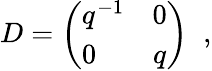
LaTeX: D=\left(\begin{array}{lc}{{q^{-1}}}&{{0}}\\ {{0}}&{{q}}\end{array}\right)\; \; ,